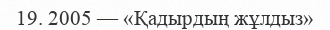
19. 2005 — «Қадырдың жұлдыз»